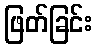
ဖြတ်ခြင်း